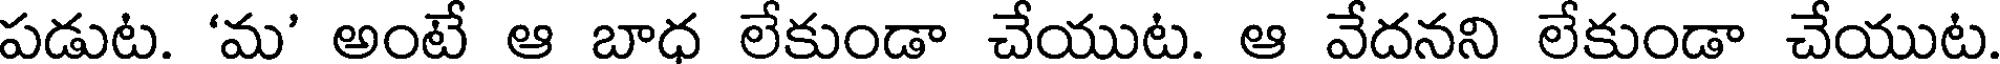
పడుట. 'మ' అంటే ఆ బాధ లేకుండా చేయుట. ఆ వేదనని లేకుండా చేయుట